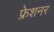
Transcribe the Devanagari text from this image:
फ्रेशनर